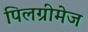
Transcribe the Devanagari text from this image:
पिलग्रीमेज